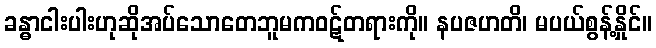
ခန္ဓာငါးပါးဟုဆိုအပ်သောတေဘူမကဝဋ်တရားကို။ နပဇဟတိ၊ မပယ်စွန့်နှိုင်။